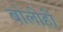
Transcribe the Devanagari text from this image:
बोलीही